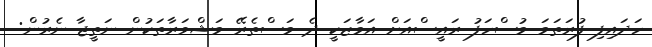
ހަދައިފި ފުރަތަމަ މުސްހަފު ރައީސްއަށް އަމާޒަކީ ދެ މަސްތެރޭ މަޝްވަރާތަކުން ނަތީޖާ ނެރުން: